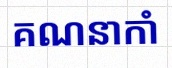
គណនាកាំ